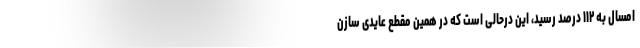
امسال به ۱۱۲ درصد رسید، این درحالی است که در همین مقطع عایدی سازن